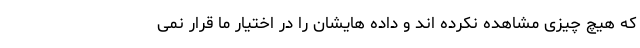
که هیچ چیزی مشاهده نکرده اند و داده هایشان را در اختیار ما قرار نمی